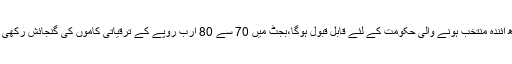
بجٹ آئندہ عام انتخابات اور مستقبل کے چیلنجز کو مدنظر رکھتے ہوئے تشکیل دیا گیا، گورنرسندھ آئندہ منتخب ہونے والی حکومت کے لئے قابل قبول ہوگا،بجٹ میں 70 سے 80 ارب روپے کے ترقیاتی کاموں کی گنجائش رکھی گئی ہے،محمد زبیر ترقی کرنے والے ممالک میں پاکستان عالمی سطح پر5 ویں نمبر پر آگیا ہے۔